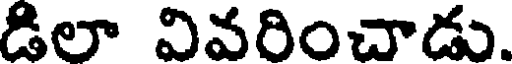
డిలా వివరించాడు.